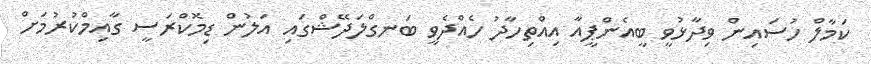
ކަމާލް ހުސައިން ވިދާޅުވީ ބީއެންޕީއާ އިއްތިހާދު ހެއްދެވީ ބަނގްލަދޭޝްގައި އަލުން ޑިމޮކްރަސީ ގާއިމްކުރުމަށް